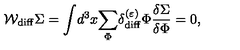
{ \cal W } _ { \mathrm { d i f f } } \Sigma = \displaystyle { \int } d ^ { 3 } x \displaystyle { \sum _ { \Phi } ^ { } } \delta _ { \mathrm { d i f f } } ^ { ( \varepsilon ) } \Phi { \displaystyle { \frac { \delta \Sigma } { \delta \Phi } } } = 0 ,